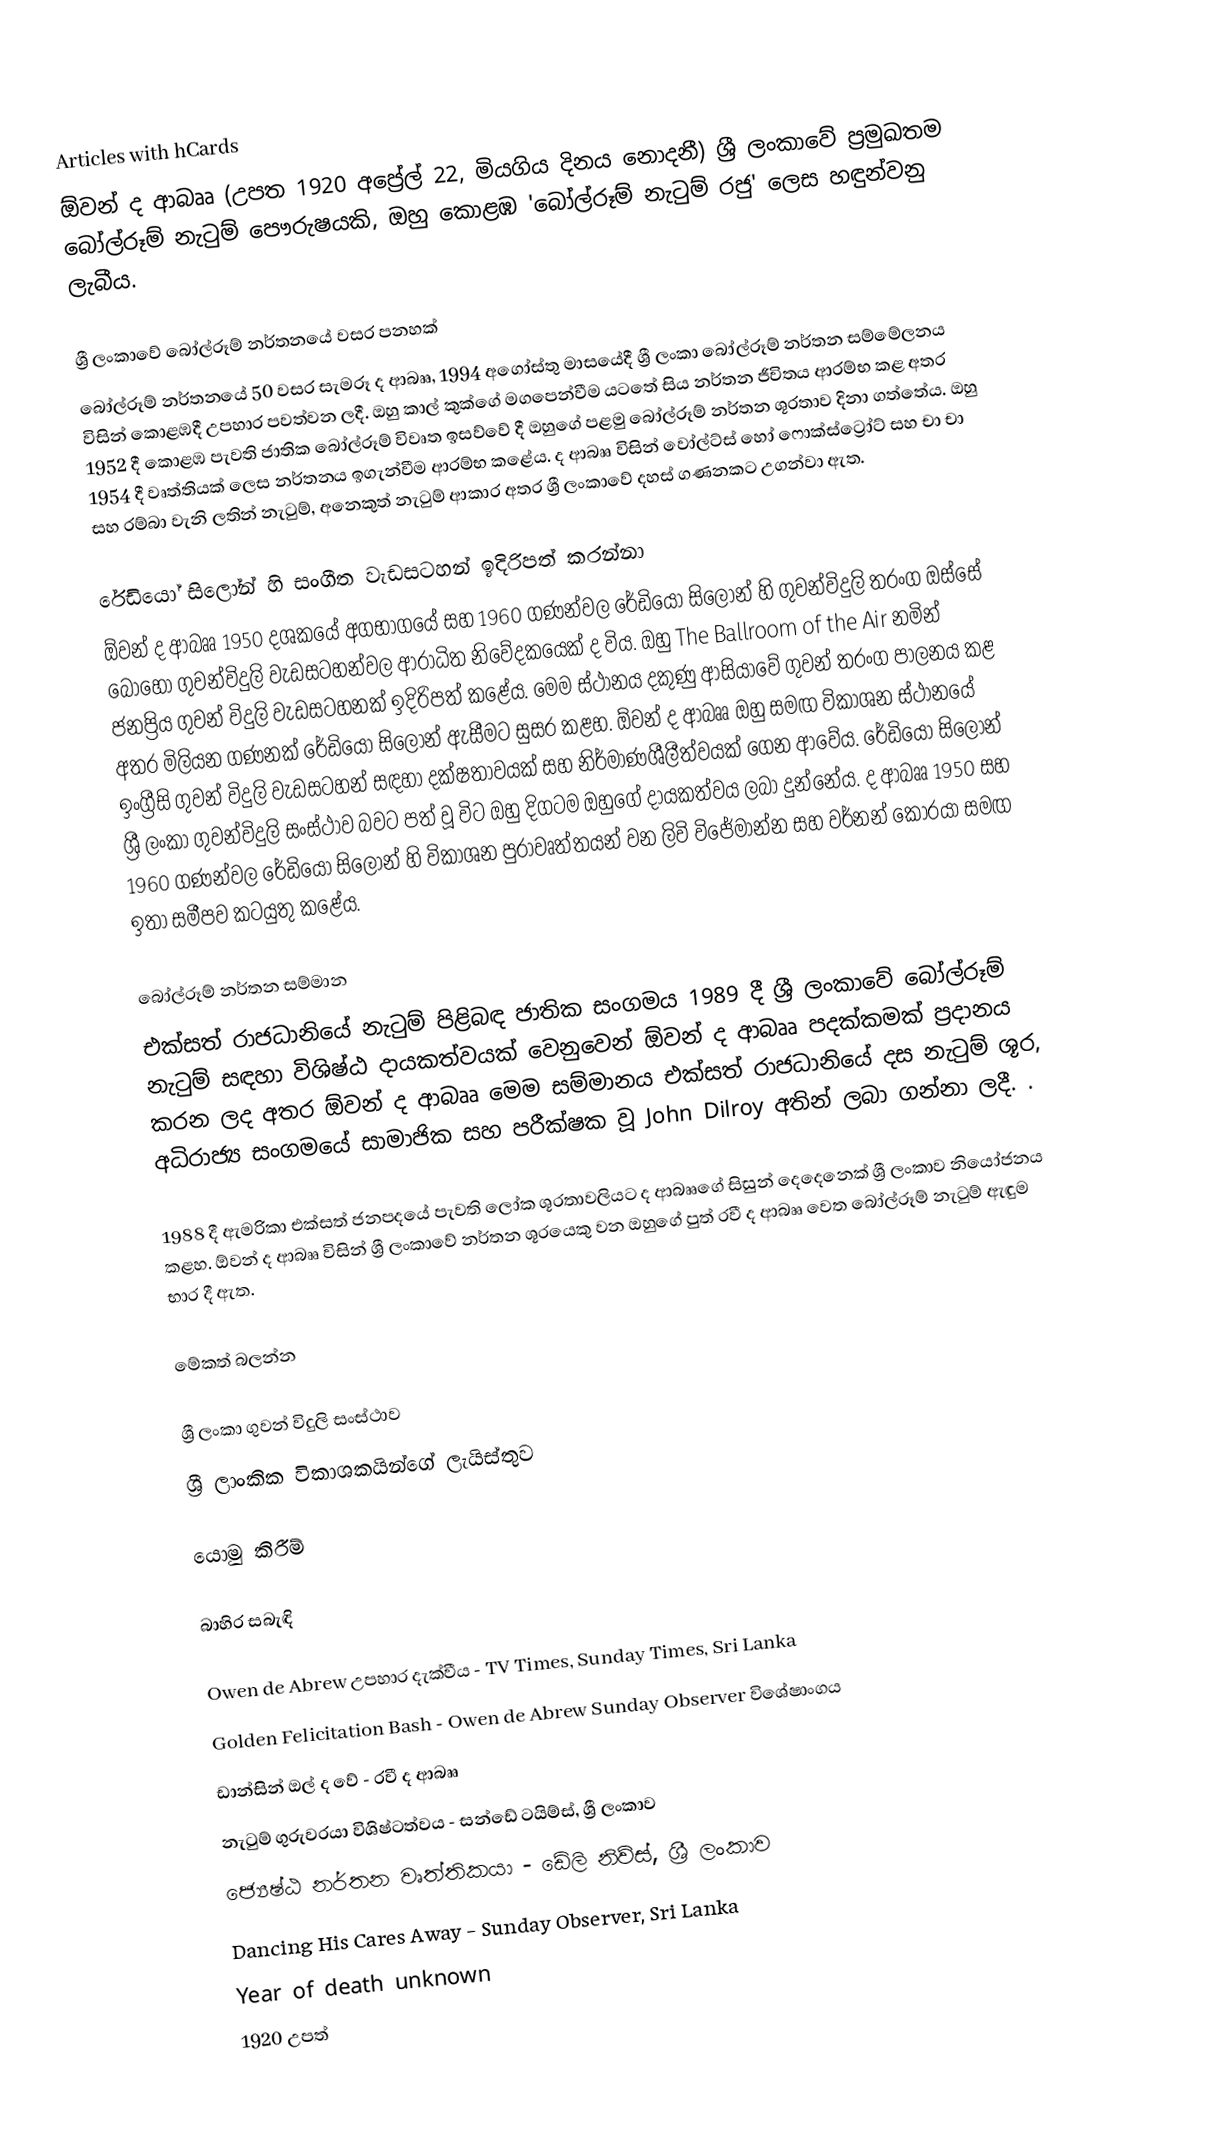
Articles with hCards
ඕවන් ද ආබෲ (උපත 1920 අප්‍රේල් 22, මියගිය දිනය නොදනී)  ශ්‍රී ලංකාවේ ප්‍රමුඛතම බෝල්රූම් නැටුම් පෞරුෂයකි, ඔහු කොළඹ 'බෝල්රූම් නැටුම් රජු' ලෙස හඳුන්වනු ලැබීය.

ශ්‍රී ලංකාවේ බෝල්රූම් නර්තනයේ වසර පනහක්
බෝල්රූම් නර්තනයේ 50 වසර සැමරූ ද ආබෲ, 1994 අගෝස්තු මාසයේදී ශ්‍රී ලංකා බෝල්රූම් නර්තන සම්මේලනය විසින් කොළඹදී උපහාර පවත්වන ලදී. ඔහු කාල් කුක්ගේ මගපෙන්වීම යටතේ සිය නර්තන ජීවිතය ආරම්භ කළ අතර 1952 දී කොළඹ පැවති ජාතික බෝල්රූම් විවෘත ඉසව්වේ දී ඔහුගේ පළමු බෝල්රූම් නර්තන ශූරතාව දිනා ගත්තේය. ඔහු 1954 දී වෘත්තියක් ලෙස නර්තනය ඉගැන්වීම ආරම්භ කළේය. ද ආබෲ විසින් වෝල්ට්ස් හෝ ෆොක්ස්ට්‍රෝට් සහ චා චා සහ රම්බා වැනි ලතින් නැටුම්, අනෙකුත් නැටුම් ආකාර අතර ශ්‍රී ලංකාවේ දහස් ගණනකට උගන්වා ඇත.

රේඩියෝ සිලෝන් හි සංගීත වැඩසටහන් ඉදිරිපත් කරන්නා
ඕවන් ද ආබෲ 1950 දශකයේ අගභාගයේ සහ 1960 ගණන්වල රේඩියෝ සිලෝන් හි ගුවන්විදුලි තරංග ඔස්සේ බොහෝ ගුවන්විදුලි වැඩසටහන්වල ආරාධිත නිවේදකයෙක් ද විය. ඔහු The Ballroom of the Air නමින් ජනප්‍රිය ගුවන් විදුලි වැඩසටහනක් ඉදිරිපත් කළේය. මෙම ස්ථානය දකුණු ආසියාවේ ගුවන් තරංග පාලනය කළ අතර මිලියන ගණනක් රේඩියෝ සිලෝන් ඇසීමට සුසර කළහ. ඕවන් ද ආබෲ ඔහු සමඟ විකාශන ස්ථානයේ ඉංග්‍රීසි ගුවන් විදුලි වැඩසටහන් සඳහා දක්ෂතාවයක් සහ නිර්මාණශීලීත්වයක් ගෙන ආවේය. රේඩියෝ සිලෝන් ශ්‍රී ලංකා ගුවන්විදුලි සංස්ථාව බවට පත් වූ විට ඔහු දිගටම ඔහුගේ දායකත්වය ලබා දුන්නේය. ද ආබෲ 1950 සහ 1960 ගණන්වල රේඩියෝ සිලෝන් හි විකාශන පුරාවෘත්තයන් වන ලිවි විජේමාන්න සහ වර්නන් කොරයා සමඟ ඉතා සමීපව කටයුතු කළේය.

බෝල්රූම් නර්තන සම්මාන
එක්සත් රාජධානියේ නැටුම් පිළිබඳ ජාතික සංගමය 1989 දී ශ්‍රී ලංකාවේ බෝල්රූම් නැටුම් සඳහා විශිෂ්ඨ දායකත්වයක් වෙනුවෙන් ඕවන් ද ආබෲ පදක්කමක් ප්‍රදානය කරන ලද අතර ඕවන් ද ආබෲ මෙම සම්මානය එක්සත් රාජධානියේ දස නැටුම් ශූර, අධිරාජ්‍ය සංගමයේ සාමාජික සහ පරීක්ෂක වූ John Dilroy අතින් ලබා ගන්නා ලදී. .

1988 දී ඇමරිකා එක්සත් ජනපදයේ පැවති ලෝක ශූරතාවලියට ද ආබෲගේ සිසුන් දෙදෙනෙක් ශ්‍රී ලංකාව නියෝජනය කළහ. ඕවන් ද ආබෲ විසින් ශ්‍රී ලංකාවේ නර්තන ශූරයෙකු වන ඔහුගේ පුත් රවී ද ආබෲ වෙත බෝල්රූම් නැටුම් ඇඳුම භාර දී ඇත.

මේකත් බලන්න

 ශ්‍රී ලංකා ගුවන් විදුලි සංස්ථාව
 ශ්‍රී ලාංකික විකාශකයින්ගේ ලැයිස්තුව

යොමු කිරීම්

බාහිර සබැඳි

 Owen de Abrew උපහාර දැක්වීය - TV Times, Sunday Times, Sri Lanka
 Golden Felicitation Bash - Owen de Abrew Sunday Observer විශේෂාංගය
 ඩාන්සින් ඔල් ද වේ - රවී ද ආබෲ
 නැටුම් ගුරුවරයා විශිෂ්ටත්වය - සන්ඩේ ටයිම්ස්, ශ්‍රී ලංකාව
 ජ්‍යෙෂ්ඨ නර්තන වෘත්තිකයා - ඩේලි නිව්ස්, ශ්‍රී ලංකාව
 Dancing His Cares Away - Sunday Observer, Sri Lanka
Year of death unknown
1920 උපත්